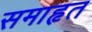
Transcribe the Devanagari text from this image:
समाहृत